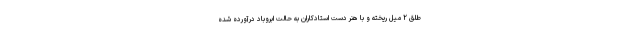
طلق ۲ ميل ريخته و با هنر دست استادكاران به حالت ابروباد درآورده شده